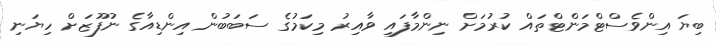
ބިޔަ އިންވެސްޓްމަންޓްތައް ކުރުމަށް ނިންމާފައި ވާއިރު މިކަމުގެ ސަބަބުން އިންޑިއާގެ ނުފޫޒަށް ހިޔަނި